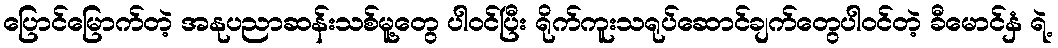
ပြောင်မြောက်တဲ့ အနုပညာဆန်းသစ်မူ့တွေ ပါဝင်ပြီး ရိုက်ကူးသရုပ်ဆောင်ချက်တွေပါဝင်တဲ့ ခီမောင်နှံ ရဲ့